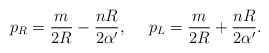
\begin{align*}p_{R}={m\over{2R}}-{{nR}\over{2\alpha^{\prime}}}, \ \ \ \ p_{L}={m\over{2R}}+{{nR}\over{2\alpha^{\prime}}}.\end{align*}